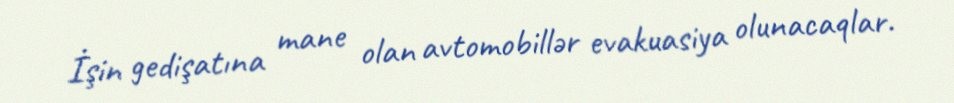
İşin gedişatına mane olan avtomobillər evakuasiya olunacaqlar.